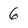
Character: 6